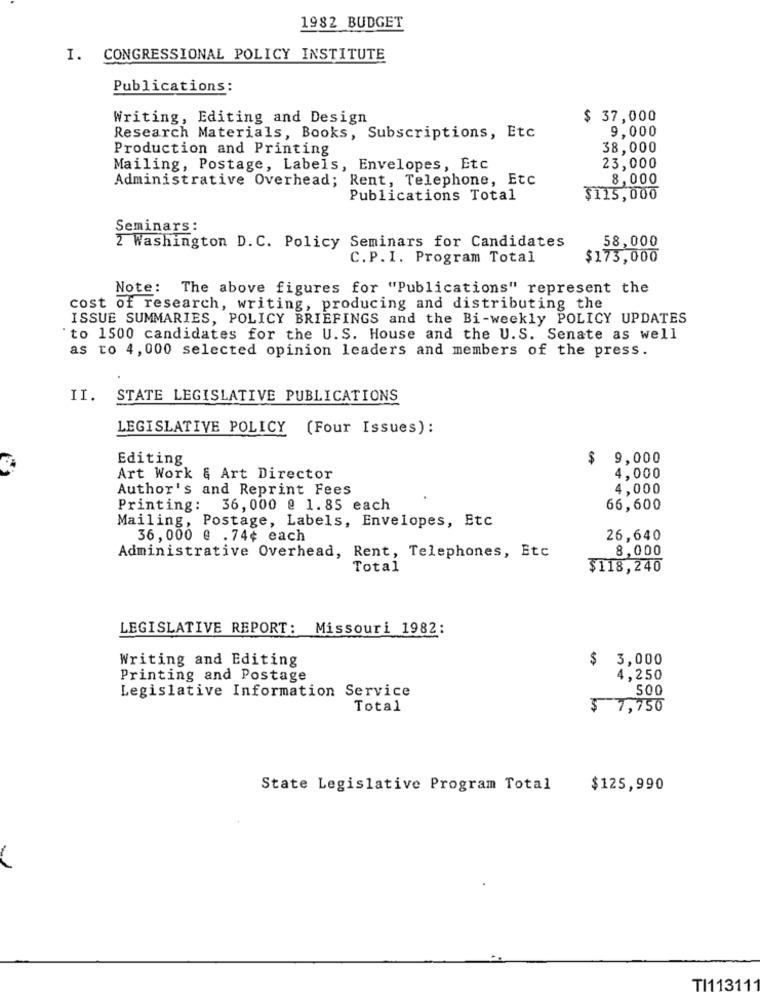
1982 BUDGET
I. CONGRESSIONAL POLICY INSTITUTE
Publications:
Writing, Editing and Design
$ 37,000
9,000
Research Materials, Books, Subscriptions, Etc
Production and Printing
38,000
Mailing, Postage, Labels, Envelopes, Etc
23,000
Administrative Overhead; Rent, Telephone, Etc
8,000
Publications Total
$115,000
Seminars:
58,000
2 Washington D.C. Policy Seminars for Candidates
C.P.I. Program Total
$173,000
Note: The above figures for "Publications" represent the
cost of research, writing, producing and distributing the
ISSUE SUMMARIES, POLICY BRIEFINGS and the Bi-weekly POLICY UPDATES
to 1500 candidates for the U.S. House and the U.S. Senate as well
as to 4,000 selected opinion leaders and members of the press.
II.
STATE LEGISLATIVE PUBLICATIONS
LEGISLATIVE POLICY (Four Issues):
Editing
$ 9,000
Art Work & Art Director
4,000
Author's and Reprint Fees
4,000
Printing: 36, 000 @ 1.85 each
66,600
Mailing, Postage, Labels, Envelopes, Etc
36,000 e .74¢ each
26,640
8,000
Administrative Overhead, Rent, Telephones, Etc
Total
$118,240
LEGISLATIVE REPORT: Missouri 1982:
Writing and Editing
$ 3,000
Printing and Postage
4,250
Legislative Information Service
500
Total
$ 1,750
State Legislative Program Total
$125,990
TI11311